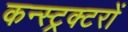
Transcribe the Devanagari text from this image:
कन्स्ट्रक्टरों